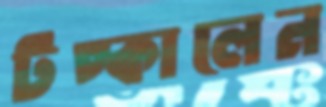
টপ্‌কালেন